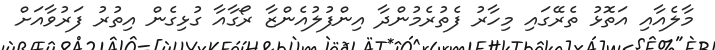
މާލެއާއި އަތޮޅު ތެރޭގައި މިހާރު ފެތުރެމުންދާ އިންފުލުއެންޒާ ރޯގާއާ ގުޅިގެން އިތުރު ފަރުވާއަށް